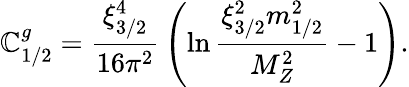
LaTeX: \mathbb{C}_{1/2}^{g}={\frac{{\xi_{3/2}^{4}}}{{16\pi^{2}}}}\left(\ln{\frac{{\xi_{3/2}^{2}m_{1/2}^{2}}}{{M_{Z}^{2}}}}-1\right).